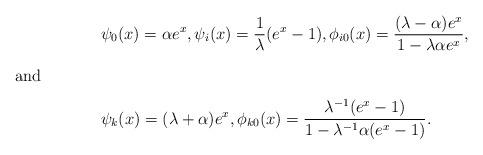
LaTeX: \begin{align*}&\psi_0(x)=\alpha e^x,\psi_i(x)=\frac{1}{\lambda}(e^x-1),\phi_{i0}(x)=\frac{(\lambda-\alpha)e^x}{1-\lambda\alpha e^x},\\\intertext{and}&\psi_k(x)=(\lambda+\alpha)e^x,\phi_{k0}(x)=\frac{\lambda^{-1}(e^x-1)}{1-\lambda^{-1}\alpha(e^x-1)}.\end{align*}